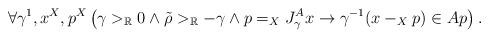
LaTeX: \begin{align*}\forall \gamma^1,x^X,p^X\left(\gamma>_\mathbb{R}0\land\tilde{\rho}>_\mathbb{R}-\gamma\land p=_XJ^A_{\gamma}x \rightarrow \gamma^{-1}(x-_Xp)\in Ap\right).\end{align*}